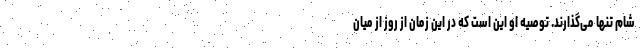
شام تنها می‌گذارند. توصیه او این است که در این زمان از روز از میان